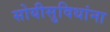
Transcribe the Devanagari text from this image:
सोयीसुविधांना